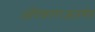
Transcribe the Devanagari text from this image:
अधिकाराअंतर्गत